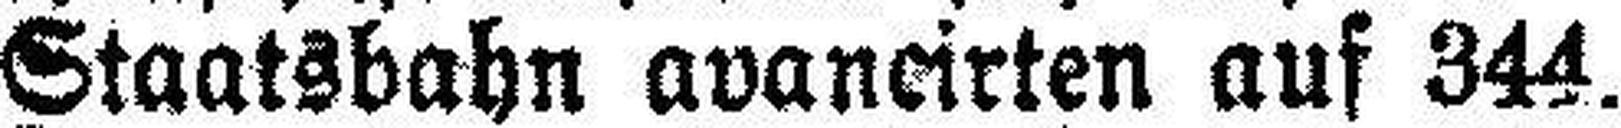
Staatsbahn avancirten auf 344.